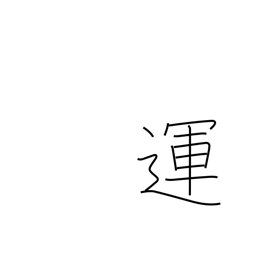
Meaning: destiny